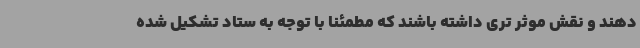
دهند و نقش موثر تری داشته باشند که مطمئنا با توجه به ستاد تشکیل شده